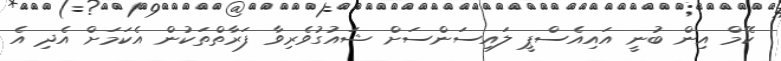
ކޭމް އިން ބުނީ އައިއެސްޕީ ލައިސަންސަށް ޝައުގުވެރިވާ ފަރާތްތަކުން އެކަމަށް އެދި އެ